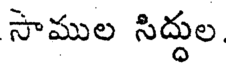
సాముల సిద్దుల,